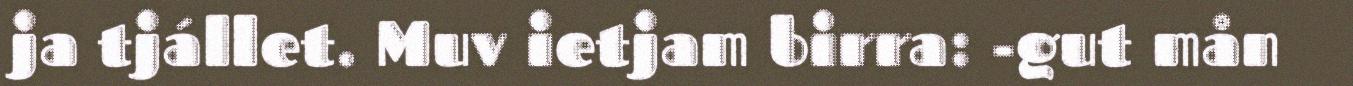
ja tjállet. Muv ietjam birra: -gut mån